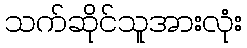
သက်ဆိုင်သူအားလုံး